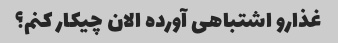
غذارو اشتباهی آورده الان چیکار کنم؟